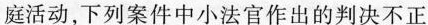
庭活动，下列案件中小法官作出的判决不正